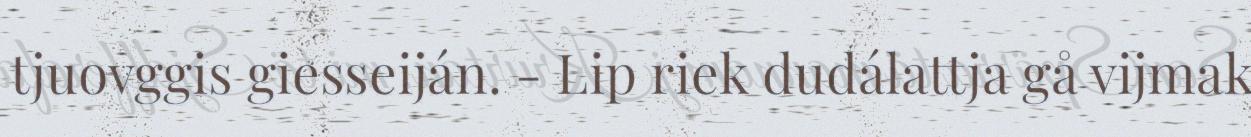
tjuovggis giesseiján. - Lip riek dudálattja gå vijmak